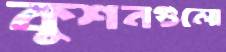
কুশনগুলো